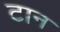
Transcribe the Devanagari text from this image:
टान